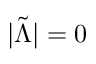
| { \tilde { \Lambda } } | = 0